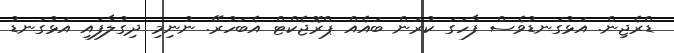
ޑްރެޖިން. އަޅުގަނޑުވެސް ފާހަގަ ކުރަން ބައެއް ޕްރޮޖެކްޓް އެބަހުރޭ. ނުނިމި ދިގުލާފައި އަޅުގަނޑު